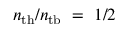
n _ { \mathrm { t h } } / n _ { \mathrm { t b } } ~ = ~ 1 / 2